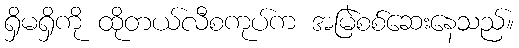
ရှိမရှိကို ထိုတယ်လီစကုပ်က အမြဲစစ်ဆေးနေသည်။